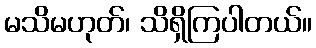
မသိမဟုတ်၊ သိရှိကြပါတယ်။